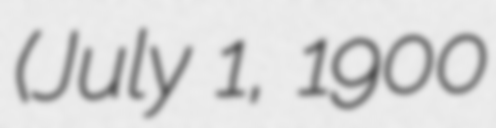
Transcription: (July 1, 1900